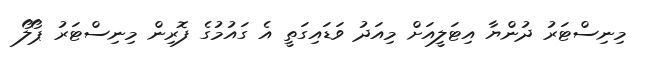
މިނިސްޓަރު ދުންޔާ އިޓަލީއަށް މިއަދު ވަޑައިގަތީ އެ ގައުމުގެ ފޮރިން މިނިސްޓަރު ޕޯލޯ